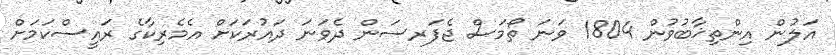
އަލުން އިންތިޚާބުވުން 1804 ވަނަ ތޯމަސް ޖެފަރސަން ދެވަނަ ދައުރަކަށް އެމެރިކާގެ ރައީސްކަމަށް